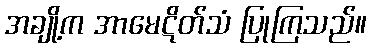
အချို့က အာမေဋိတ်သံ ပြုကြသည်။